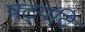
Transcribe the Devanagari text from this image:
षट्पदि